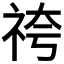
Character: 𮁯